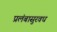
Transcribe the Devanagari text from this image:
प्रलंबासुरवध